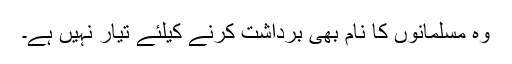
وہ مسلمانوں کا نام بھی برداشت کرنے کیلئے تیار نہیں ہے۔